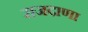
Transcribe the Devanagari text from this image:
राजदाणा